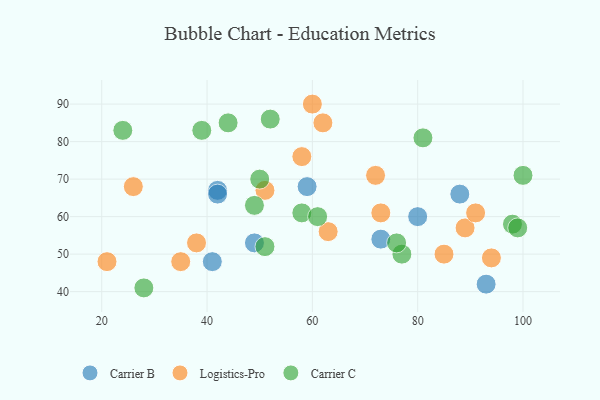
{"axis": {"x": "GDP", "y": "Life Expectancy"}, "legend": ["Carrier B", "Carrier C", "Logistics-Pro"], "data": [{"x": "80", "y": 60, "type": "Carrier B"}, {"x": "88", "y": 66, "type": "Carrier B"}, {"x": "41", "y": 48, "type": "Carrier B"}, {"x": "73", "y": 54, "type": "Carrier B"}, {"x": "42", "y": 67, "type": "Carrier B"}, {"x": "93", "y": 42, "type": "Carrier B"}, {"x": "42", "y": 66, "type": "Carrier B"}, {"x": "49", "y": 53, "type": "Carrier B"}, {"x": "59", "y": 68, "type": "Carrier B"}, {"x": "58", "y": 76, "type": "Logistics-Pro"}, {"x": "38", "y": 53, "type": "Logistics-Pro"}, {"x": "62", "y": 85, "type": "Logistics-Pro"}, {"x": "35", "y": 48, "type": "Logistics-Pro"}, {"x": "85", "y": 50, "type": "Logistics-Pro"}, {"x": "94", "y": 49, "type": "Logistics-Pro"}, {"x": "51", "y": 67, "type": "Logistics-Pro"}, {"x": "21", "y": 48, "type": "Logistics-Pro"}, {"x": "72", "y": 71, "type": "Logistics-Pro"}, {"x": "89", "y": 57, "type": "Logistics-Pro"}, {"x": "63", "y": 56, "type": "Logistics-Pro"}, {"x": "73", "y": 61, "type": "Logistics-Pro"}, {"x": "26", "y": 68, "type": "Logistics-Pro"}, {"x": "60", "y": 90, "type": "Logistics-Pro"}, {"x": "91", "y": 61, "type": "Logistics-Pro"}, {"x": "77", "y": 50, "type": "Carrier C"}, {"x": "98", "y": 58, "type": "Carrier C"}, {"x": "76", "y": 53, "type": "Carrier C"}, {"x": "81", "y": 81, "type": "Carrier C"}, {"x": "52", "y": 86, "type": "Carrier C"}, {"x": "99", "y": 57, "type": "Carrier C"}, {"x": "49", "y": 63, "type": "Carrier C"}, {"x": "58", "y": 61, "type": "Carrier C"}, {"x": "61", "y": 60, "type": "Carrier C"}, {"x": "28", "y": 41, "type": "Carrier C"}, {"x": "51", "y": 52, "type": "Carrier C"}, {"x": "50", "y": 70, "type": "Carrier C"}, {"x": "44", "y": 85, "type": "Carrier C"}, {"x": "100", "y": 71, "type": "Carrier C"}, {"x": "39", "y": 83, "type": "Carrier C"}, {"x": "24", "y": 83, "type": "Carrier C"}]}